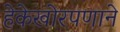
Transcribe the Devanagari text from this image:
हेकेखोरपणाने